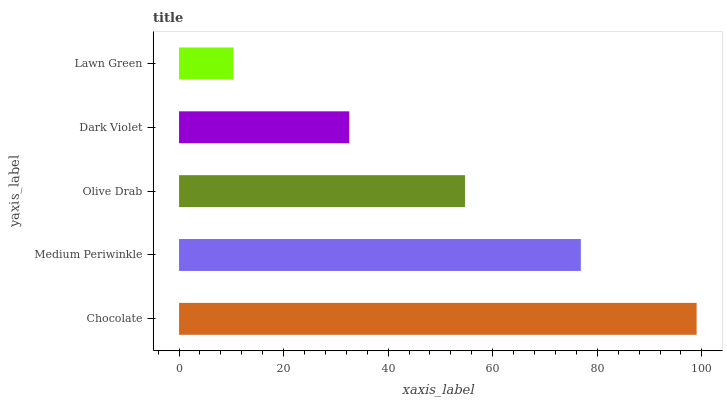
| yaxis_label | bars |
 | --- | --- |
 | Chocolate | 99 |
 | Medium Periwinkle | 76.9 |
 | Olive Drab | 54.7 |
 | Dark Violet | 32.6 |
 | Lawn Green | 10.4 |